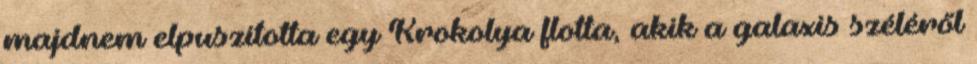
majdnem elpuszította egy Krokolya flotta, akik a galaxis széléről